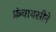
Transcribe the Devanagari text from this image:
फ्रंचायसीने